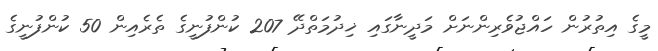
މީގެ އިތުރުން ހައްޖުވެރިންނަށް މަދީނާގައި ޚިދުމަތްދޭ 207 ކުންފުނީގެ ތެރެއިން 50 ކުންފުނީގެ